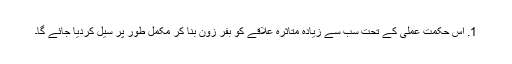
1. اس حکمت عملی کے تحت سب سے زیادہ متاثرہ علاقے کو بفر زون بنا کر مکمل طور پر سیل کردیا جائے گا۔